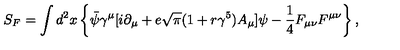
S _ { F } = \int d ^ { 2 } x \left\{ \bar { \psi } { \gamma } ^ { \mu } [ i { \partial } _ { \mu } + e \sqrt { \pi } ( 1 + r { \gamma } ^ { 5 } ) A _ { \mu } ] { \psi } - { \frac 1 4 } F _ { { \mu } { \nu } } F ^ { { \mu } { \nu } } \right\} ,